Vaccination in the Punjab 1897-1904 - 1897-1904
Year: 1897
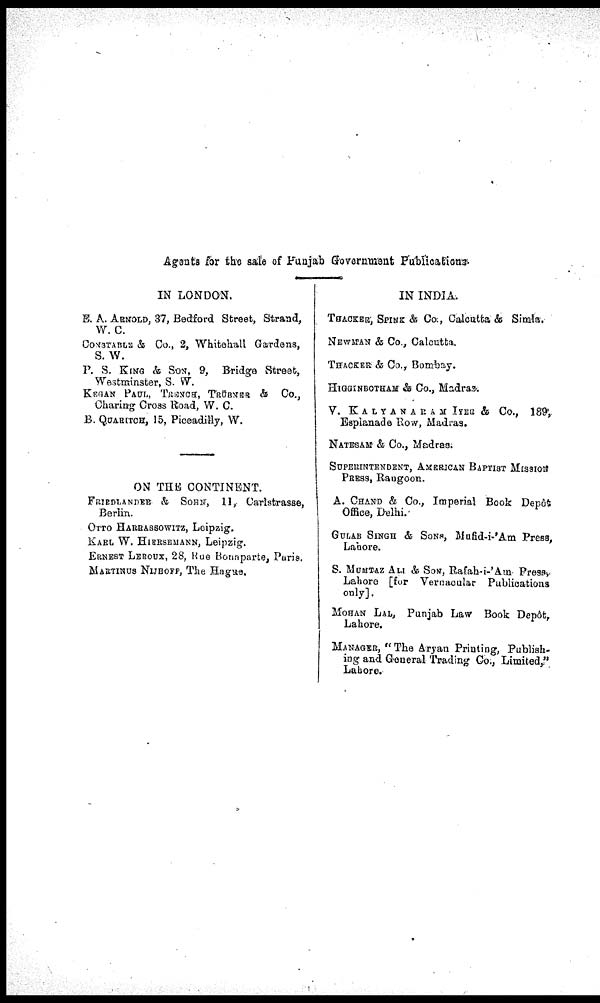
Agents for the sale of Punjab Government Publications.
IN LONDON.
E. A. ARNOLD, 37, Bedford Street, Strand,
W. C.
CONSTABLE & Co., 2, Whitehall Gardens,
S. W.
P. S. KING & SON, 9, Bridge Street,
Westminster, S. W.
KEGAN PAUL, TRENCH, TRÜBNER & Co.,
Charing Cross Road, W. C.
B. QUARITCH, 15, Piccadilly, W.
ON THE CONTINENT.
FRIEDLANDEE & SOHN, 11,. Carlstrasse,
Berlin.
OTTO HARRASSOWITZ, Leipzig.
KARL W. HIERSEMANN, Leipzig.
ERNEST LEROUX, 28, Rue Bonaparte, Paris.
MARTINUS NIJHOFF, The Hague.
IN INDIA.
THACKER, SPINK & Co., Calcutta & Simla.
NEWMAN & Co., Calcutta.
THACKER & Co., Bombay.
HIGGINBOTHAM & Co., Madras.
V. KALYANARAM IYER & Co., 189,
Esplanade Row, Madras.
NATESAM & Co., Madras;
SUPERINTENDENT, AMERICAN BAPTIST MISSION
PRESS, Raugoon.
A. CHAND & Co., Imperial Book Depôt
Office, Delhi.
GULAB SINGH & SONS, Mufid-i-'Am Press,
Lahore.
S. MUMTAZ ALI & SON, Rafab-i-'Am Press,
Lahore [for Vernacular Publications
only].
MOHAN LAL, Punjab Law Book Depôt,
Lahore.
MANAGER, "The Aryan Printing, Publish-
ing and General Trading Co., Limited,"
Lahore.